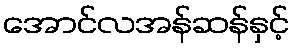
အောင်လအန်ဆန်နှင့်